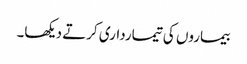
بیماروں کی تیمارداری کرتے دیکھا۔